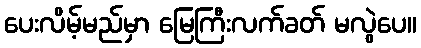
ပေးလိမ့်မည်မှာ မြေကြီးလက်ခတ် မလွဲပေ။